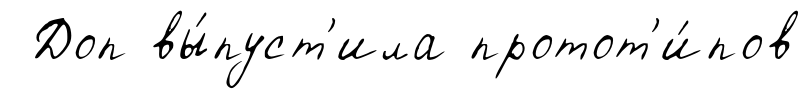
Доп вы́пуст'ила протот'и́пов